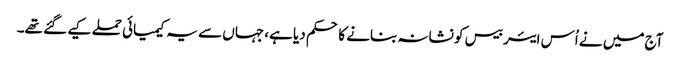
آج میں نے اُس ایئر بیس کو نشانہ بنانے کا حکم دیا ہے، جہاں سے یہ کیمیائی حملے کیے گئے تھے۔